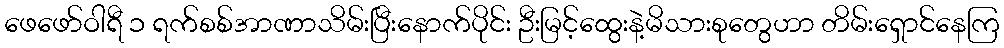
ဖေဖော်ဝါရီ ၁ ရက်စစ်အာဏာသိမ်းပြီးနောက်ပိုင်း ဦးမြင့်ထွေးနဲ့မိသားစုတွေဟာ တိမ်းရှောင်နေကြ